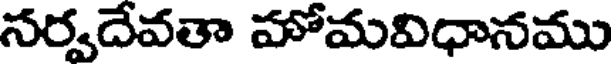
సర్వదేవతా హోమవిధానము